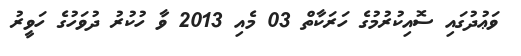
ވަޢުދުގައިި ސޮއިކުރުމުގެ ހަރަކާތް 03 މެއި 2013 ވާ ހުކުރު ދުވަހުގެ ހަވީރު